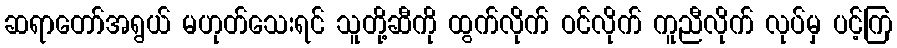
ဆရာတော်အရွယ် မဟုတ်သေးရင် သူတို့ဆီကို ထွက်လိုက် ဝင်လိုက် ကူညီလိုက် လုပ်မှ ပင့်ကြ